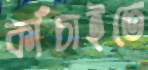
কাঁচাইতে